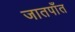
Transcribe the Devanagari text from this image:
जातपाँत